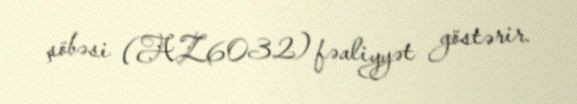
şöbəsi (AZ6032) fəaliyyət göstərir.